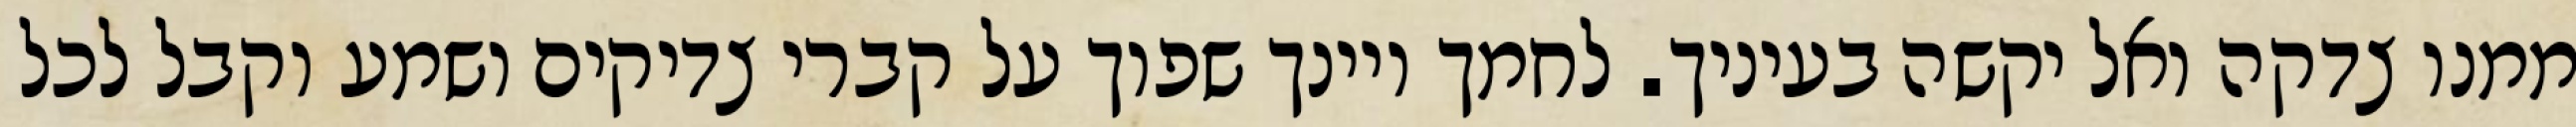
ממנו צדקה ואל יקשה בעיניך. לחמך ויינך שפוך על קברי צדיקים ושמע וקבל לכל